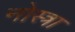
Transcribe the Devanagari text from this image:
नोस्त्रा